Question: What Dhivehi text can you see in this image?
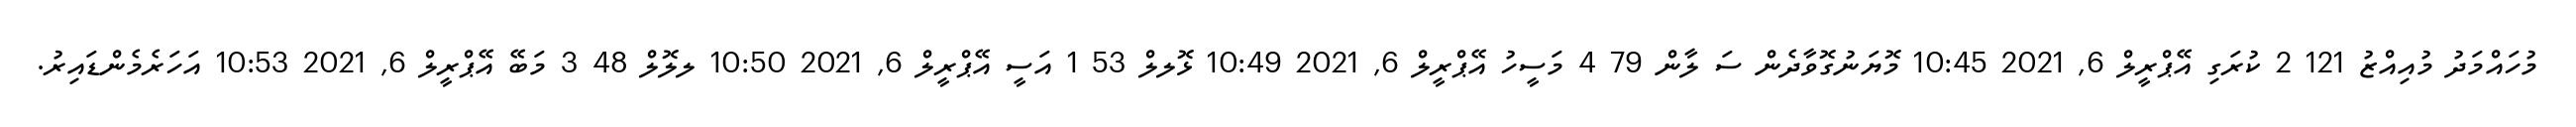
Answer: މުހައްމަދު މުއިއްޒު 121 2 ކުރަގި އޭޕްރީލް 6, 2021 10:45 މޮޔަނުގޮވާދެން ސަ ލާން 79 4 މަސީހު އޭޕްރީލް 6, 2021 10:49 ޅޮލލް 53 1 އަސީ އޭޕްރީލް 6, 2021 10:50 ލލޮލް 48 3 މަބޭ އޭޕްރީލް 6, 2021 10:53 އަހަރެމެންޑައިރު.